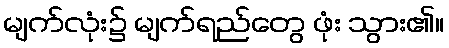
မျက်လုံး၌ မျက်ရည်တွေ ဖုံး သွား၏။